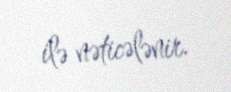
ilə nəticələnir.